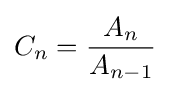
{C}_{n}={\frac {{A}_{n}}{{A}_{n-1}}}